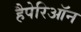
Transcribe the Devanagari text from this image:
हैपेरिऑन